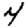
Digit: 4